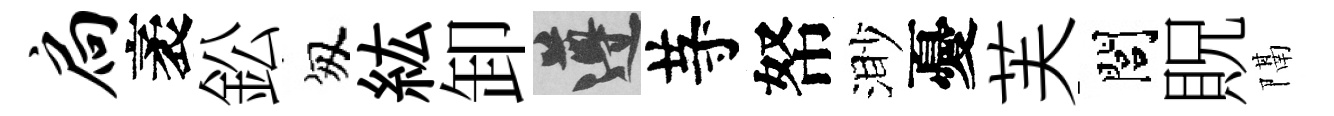
扃袤鈆匆紘卸遵䒭帑渺憂芙閭貺隔